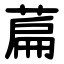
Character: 萹